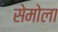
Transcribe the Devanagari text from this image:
सेमोला